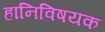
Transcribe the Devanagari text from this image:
हानिविषयक